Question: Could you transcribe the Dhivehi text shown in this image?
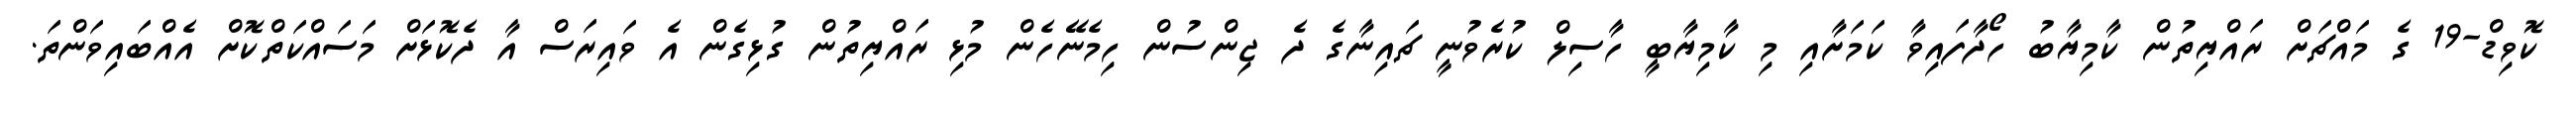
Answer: ކޮވިޑް-19 ގެ މައްޗަށް ރައްޔިތުން ކާމިޔާބު ހޯދާފައިވާ ކަމަށާއި މި ކާމިޔާބީ ހާސިލް ކުރެވުނީ ޗައިނާގެ ދެ ޖިންސުން ހިމެނޭހެން މުޅި ރައްޔިތުން ގުޅިގެން އެ ވައިރަސް އާ ދެކޮޅަށް މަސައްކަތްކޮށް އެއްބައިވަންތަ.